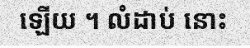
ឡើយ ។ លំដាប់ នោះ